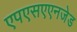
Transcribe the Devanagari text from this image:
एपएसएएनजेड